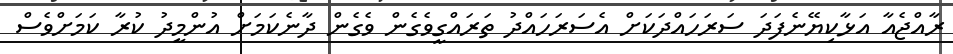
ރާއްޖެއާ އަޅާކިޔޭނެފަދަ ސަރަހައްދަކަށް އެސަރަހައްދު ތަރައްގީވެގެން ވެގެން ދާނެކަމަށް އުންމީދު ކުރާ ކަމަށްވެސް